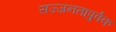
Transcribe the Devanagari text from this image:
सज्जनतापुर्वक